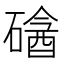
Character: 𥕼